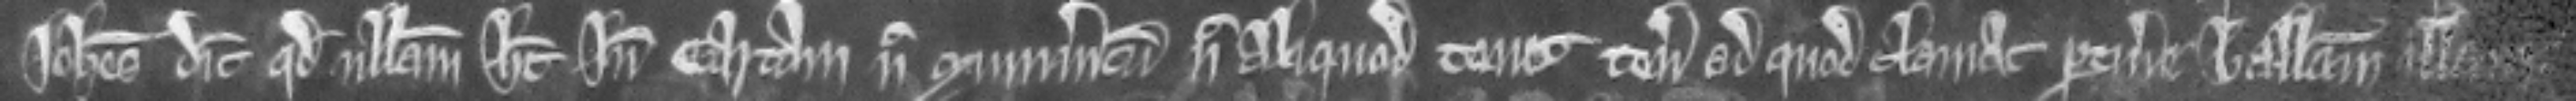
Johannes dicit quod nullam habet inde cartam nec munimentum nec aliquod tenet tenementum ad quod clamat pertinere ballivam illam